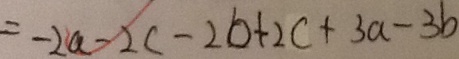
= - 2 a - 2 c - 2 b + 2 c + 3 a - 3 b